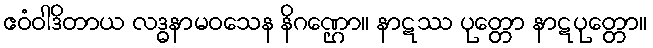
ဧဝံဝါဒိတာယ လဒ္ဓနာမဝသေန နိဂဏ္ဌော။ နာဋဿ ပုတ္တော နာဋပုတ္တော။